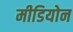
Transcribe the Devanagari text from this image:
मीडियोन